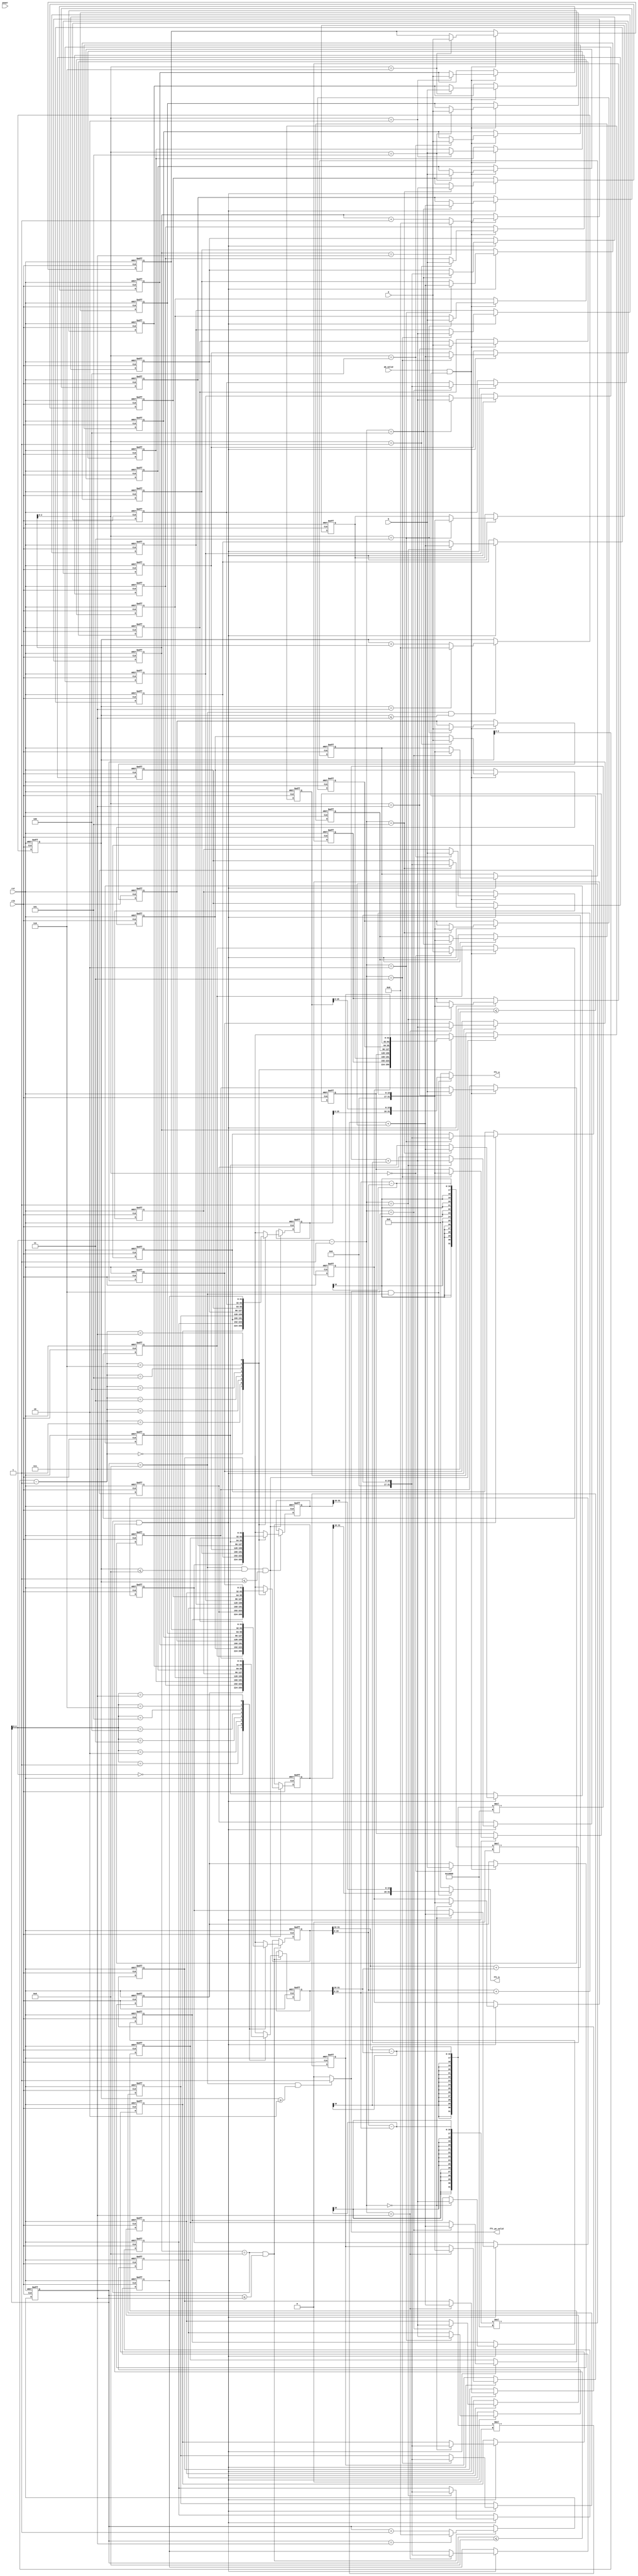
module FFT_PE(
			 clk, 
			 rst, 			 
			 a, 
			 b,
			 power,			 
			 ab_valid, 
			 fft_a, 
			 fft_b,
			 fft_pe_valid
			 );
input clk, rst; 		 
input signed [31:0] a, b;
input [2:0] power;
input ab_valid;		
output [31:0] fft_a, fft_b;
output fft_pe_valid;

wire [31:0]fft_a;
wire [31:0]fft_b;
wire fft_pe_valid;

reg [31:0]data_a[7:0];
reg [31:0]data_b[7:0];
reg [31:0]data_a_temp;
reg [31:0]data_b_temp;
reg	[4:0]data_cnt;

reg [31:0]real_a[7:0];
reg [31:0]image_a[7:0];
reg [31:0]real_b[7:0];
reg [31:0]image_b[7:0];
reg [31:0]real_a_temp;
reg [31:0]real_b_temp;
reg [31:0]image_a_temp;
reg [31:0]image_b_temp;
reg [4:0]process_data_cnt;

reg [4:0]combine_data_cnt;

integer i;
	
always@(posedge clk or posedge rst)begin
	if(rst)begin
		for(i=0;i<8;i=i+1)begin
			data_a[i]<=0;
			data_b[i]<=0;
		end
	end	
	else begin
		if(ab_valid && data_cnt <= 7)begin
			data_a[data_cnt]<=a;
			data_b[data_cnt]<=b;
		end
	end
end

always@(posedge clk or posedge rst)begin
	if(rst)
		data_cnt<=0;
	else begin
		if(ab_valid && data_cnt <= 7)begin
			if(data_cnt == 7)
				data_cnt<=8;
			else
				data_cnt <= data_cnt + 1;
		end
	end
end

always@(posedge clk or posedge rst)begin
	if(rst)
		process_data_cnt<=0;
	else begin
		if(data_cnt == 8 && process_data_cnt <=7)begin
			if(process_data_cnt == 7)
				process_data_cnt<=8;
			else
				process_data_cnt <= process_data_cnt + 1;
		end
	end
end

always@(posedge clk or posedge rst)begin
	if(rst)begin
		data_a_temp<=0;
		data_b_temp<=0;
	end
	else begin
		if(data_cnt == 8 && process_data_cnt <=7)begin
			data_a_temp<=data_a[process_data_cnt];
			data_b_temp<=data_b[process_data_cnt];
		end
	end
end

always@(posedge clk or posedge rst)begin
	if(rst)begin
		for(i=0;i<8;i=i+1)begin
			real_a[i]<=0;
		end
	end
	else begin
		if(data_cnt == 8 && process_data_cnt <=8)
			real_a[process_data_cnt-1] <= data_a_temp[31:16] + data_b_temp[31:16];
	end
end

always@(posedge clk or posedge rst)begin
	if(rst)begin
		for(i=0;i<8;i=i+1)begin
			image_a[i]<=0;
		end
	end
	else begin
		if(data_cnt == 8 && process_data_cnt <=8)
			image_a[process_data_cnt-1] <= data_a_temp[15:0] + data_b_temp[15:0];
	end
end

always@(posedge clk or posedge rst)begin
	if(rst)begin
		for(i=0;i<8;i=i+1)begin
			real_b[i]<=0;
		end
	end
	else begin
		if(data_cnt == 8 && process_data_cnt <=8)
			real_b[process_data_cnt-1] <= (data_a_temp[31:16] - data_b_temp[31:16] ) * 32'h00010000 + (data_b_temp[15:0] - data_a_temp[15:0]) * 32'h00000000;
	end
end

always@(posedge clk or posedge rst)begin
	if(rst)begin
		for(i=0;i<8;i=i+1)begin
			image_b[i]<=0;
		end
	end
	else begin
		if(data_cnt == 8 && process_data_cnt <=8)
			image_b[process_data_cnt-1] <= (data_a_temp[31:16] - data_b_temp[31:16] ) * 32'h00000000 + (data_a_temp[15:0] - data_b_temp[15:0]) * 32'h00010000;
	end
end

always@(posedge clk or posedge rst)begin
	if(rst)
		combine_data_cnt <= 0;
	else begin
		if(process_data_cnt == 8 && combine_data_cnt <=7)begin
			if(combine_data_cnt == 7)
				combine_data_cnt<=8;
			else
				combine_data_cnt<=combine_data_cnt+1;
		end
	end
end

always@(posedge clk or posedge rst)begin
	if(rst)begin
		real_a_temp<=0;
		real_b_temp<=0;
		image_a_temp<=0;
		image_b_temp<=0;
	end
	else begin
		if(process_data_cnt == 8 && combine_data_cnt <=8 && 1<=combine_data_cnt)begin
			real_a_temp<=real_a[combine_data_cnt-1];
			real_b_temp<=real_b[combine_data_cnt-1];
			image_a_temp<=image_a[combine_data_cnt-1];
			image_b_temp<=image_b[combine_data_cnt-1];			
		end
	end
end
	
assign fft_a		=  (fft_pe_valid && process_data_cnt==8) ? {real_a_temp[15:0],image_a_temp[15:0]} : 0;
assign fft_b		=  (fft_pe_valid && process_data_cnt==8) ? {real_b_temp[31:16],image_b_temp[31:16]} : 0;

assign fft_pe_valid = (process_data_cnt == 8 && combine_data_cnt >= 2) ? 1 : 0 ;

endmodule